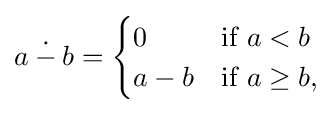
a\mathbin {\dot {-}} b={\begin{cases}0&{\mbox{if }}a<b\\a-b&{\mbox{if }}a\geq b,\end{cases}}